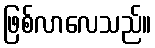
ဖြစ်လာလေသည်။